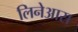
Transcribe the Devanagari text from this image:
लिनेआस